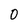
Character: 0